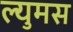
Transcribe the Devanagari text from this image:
ल्युमस